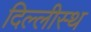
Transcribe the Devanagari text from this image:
दिल्लीस्थ